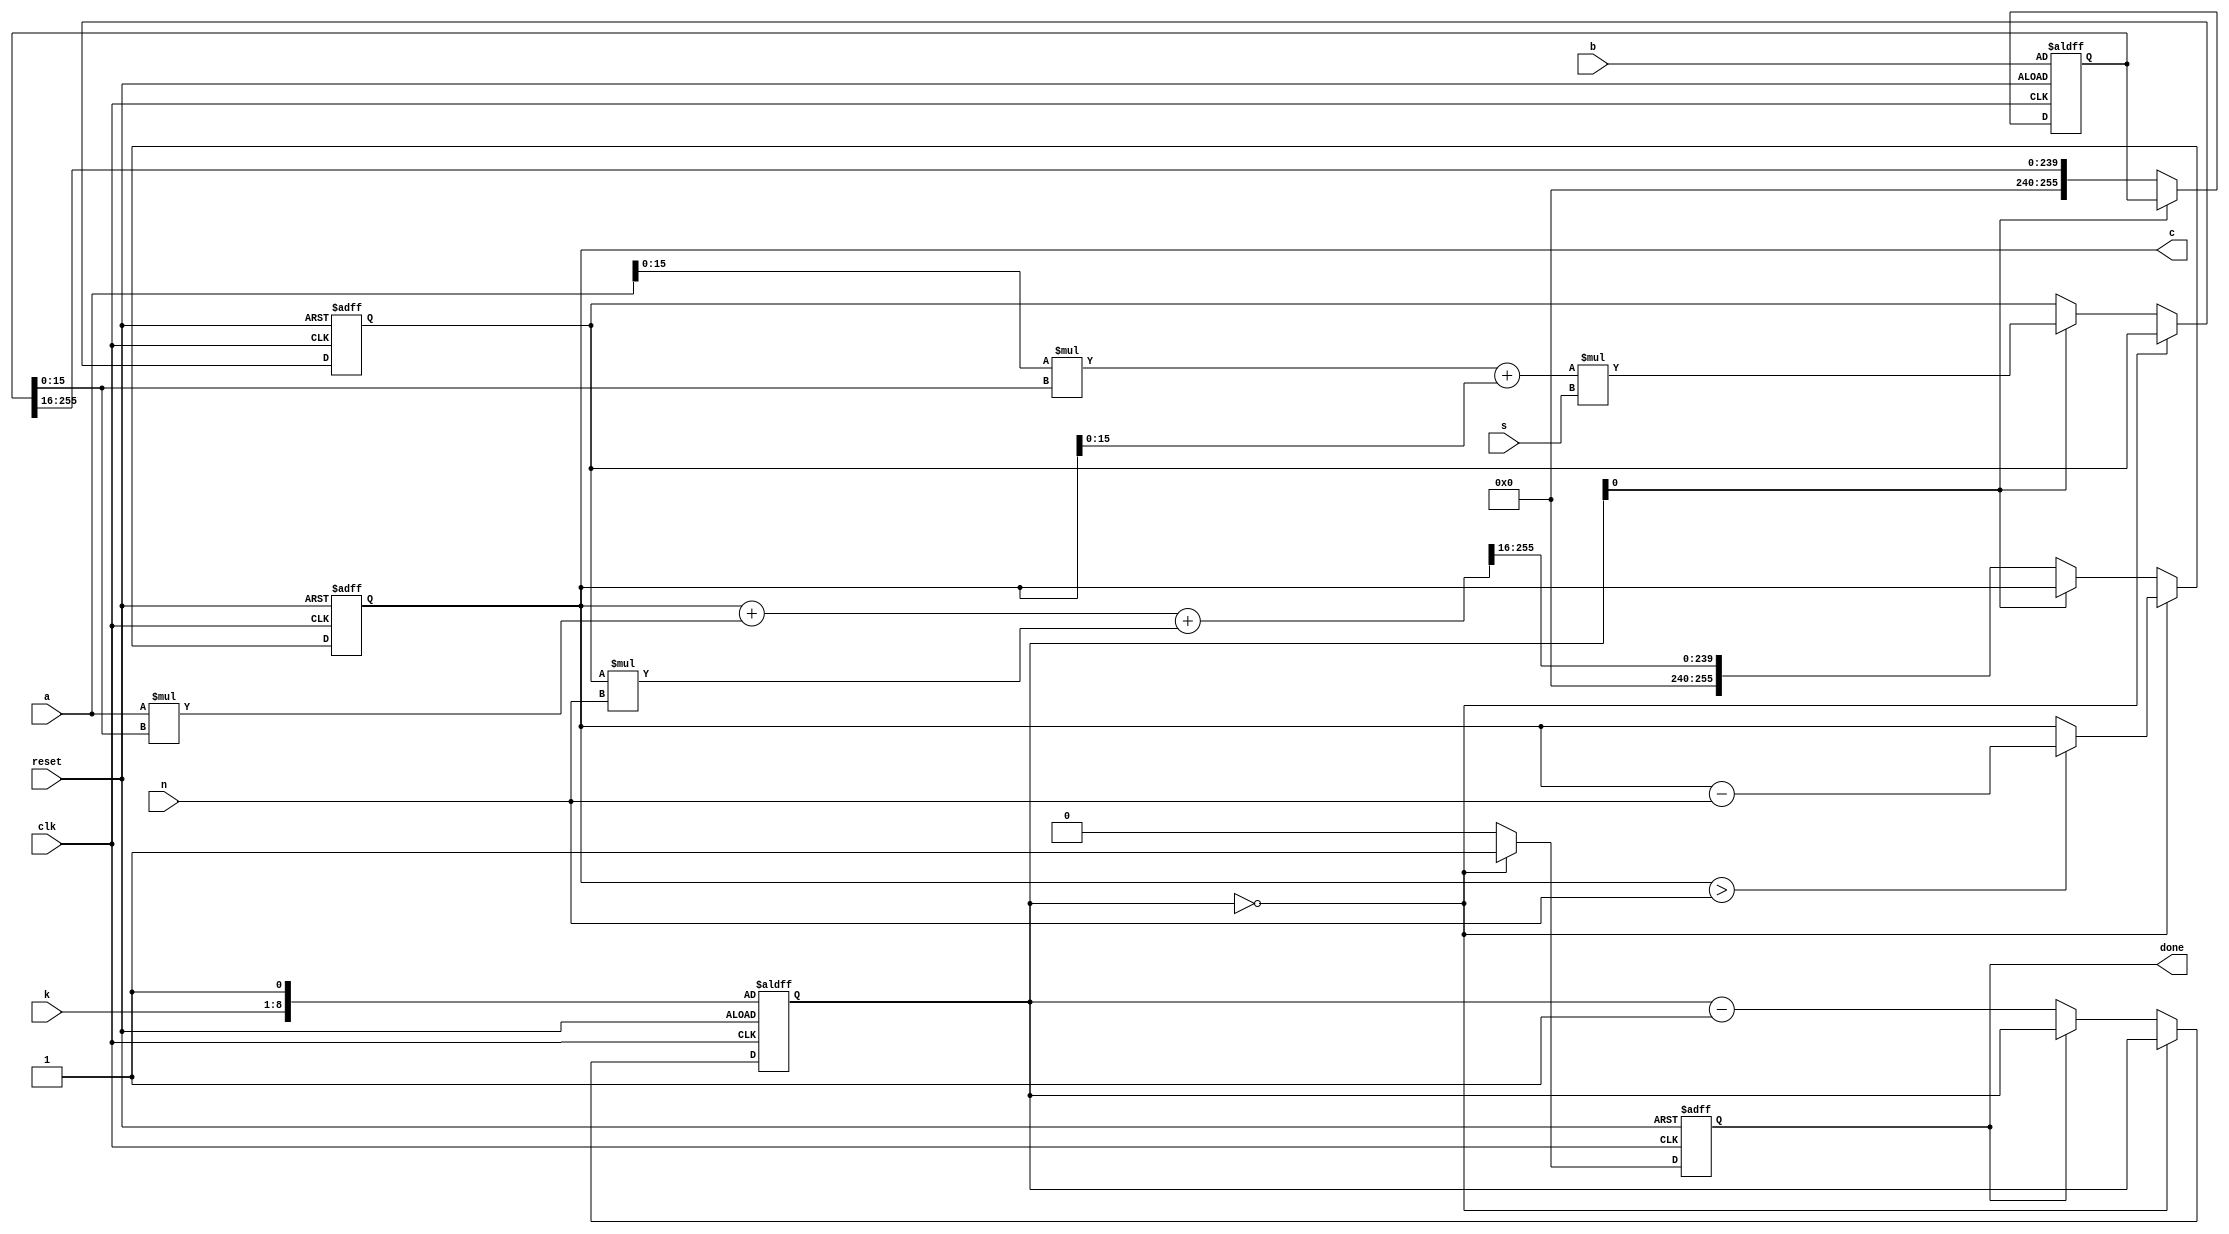
`timescale 1ns / 1ps
//////////////////////////////////////////////////////////////////////////////////
// Company: 
// Engineer: 
// 
// Design Name: 
// Module Name: montgomery
// Project Name: 
// Target Devices: 
// Tool Versions: 
// Description: 
// 
// Dependencies: 
// 
// Revision:
// Revision 0.01 - File Created
// Additional Comments:
// 
//////////////////////////////////////////////////////////////////////////////////


module montgomery #(parameter v = 16)(
    input   wire    clk,
    input   wire    reset,
    input   wire    [255:0]a,
    input   wire    [255:0]b,
    input   wire    [255:0]n,
    input   wire    [255:0]s,       // -n^-1 mod r
    input   wire    [7:0]k,         // r^k > n
    output  reg     [255:0]c,       // a*b*r^-k mod n
    output  reg     done
    );
    
    parameter [31:0]r = 1 << v;           // r = 2 ^ 7;
    reg [v-1:0]q;
    reg [8:0]count;
    reg [255:0]b_temp;
    
    always@(posedge clk or negedge reset)begin
        if(~reset)begin
            count <= {k[7:0], 1'b1};
        end
        else if(count == 0)begin
            count <= count;
        end
        else if(~done)begin
            count <= count - 1;
        end
    end
    
    always@(posedge clk or negedge reset)begin
        if(~reset)begin
            b_temp <= b;
        end
        else if(~count[0])begin
            b_temp <= b_temp >> v;
        end
    end
    
    always@(posedge clk or negedge reset)begin
        if(~reset)begin
            c <= 0;
        end
        else if (count == 0)begin
            c <= c > n ? c - n : c;
        end
        else if(~count[0])begin
            c <= (c + a * b_temp[v-1:0] + q * n) >> v;
        end
    end
    
    always@(posedge clk or negedge reset)begin
        if(~reset)begin
            q <= 0;
        end
        else if(count == 0)begin
            q <= q;
        end
        else if(count[0])begin
            q <= (a[v-1:0] * b_temp[v-1:0] + c[v-1:0]) * s;
        end
    end
    
    always@(posedge clk or negedge reset)begin
        if(~reset)begin
            done <= 0;
        end
        else if(count == 0)begin
            done <= 1;
        end
        else begin
            done <= 0;
        end
    end
    
endmodule